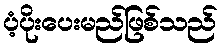
ပံ့ပိုးပေးမည်ဖြစ်သည်